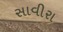
સાવીરા